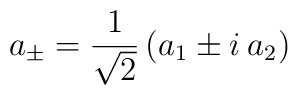
a_{\pm}={1\over \sqrt 2}\left(a_1 \pm i\:a_2\right)